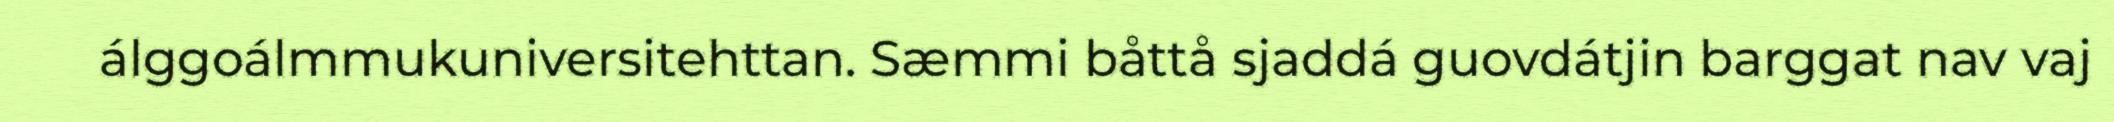
álggoálmmukuniversitehttan. Sæmmi båttå sjaddá guovdátjin barggat nav vaj